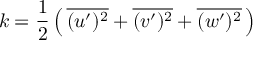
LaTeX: k = { \frac { 1 } { 2 } } \left( \, { \overline { { ( u ^ { \prime } ) ^ { 2 } } } } + { \overline { { ( v ^ { \prime } ) ^ { 2 } } } } + { \overline { { ( w ^ { \prime } ) ^ { 2 } } } } \, \right)